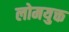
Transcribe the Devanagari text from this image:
लोमयुक्त